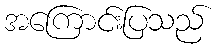
အကြောင်းပြသည်